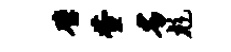
璧萱劣彪